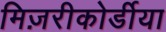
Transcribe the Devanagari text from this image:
मिज़रीकोर्डीया